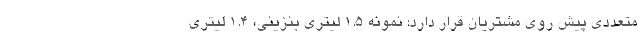
متعددی پیش روی مشتریان قرار دارد: نمونه 1.5 لیتری بنزینی، 1.4 لیتری